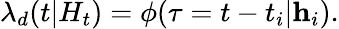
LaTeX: \lambda_{d}(t|H_{t})=\phi(\tau=t-t_{i}|\textbf{h}_{i}).